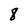
Character: 8